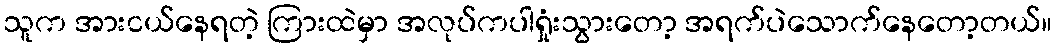
သူက အားငယ်နေရတဲ့ ကြားထဲမှာ အလုပ်ကပါရှုံးသွားတော့ အရက်ပဲသောက်နေတော့တယ်။